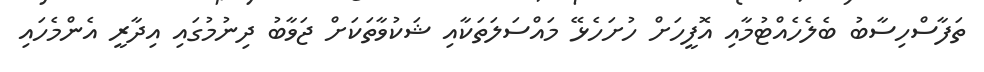
ތަފާސްހިސާބު ބެލެހެއްޓުމާއި އޮފީހަށް ހުށަހެޅޭ މައްސަލަތަކާއި ޝަކުވާތަކަށް ޖަވާބު ދިނުމުގައި އިދާރީ އެންމެހައި